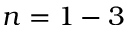
n = 1 - 3